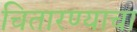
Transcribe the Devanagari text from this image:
चितारण्याचा